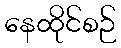
နေထိုင်စဉ်